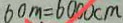
6 0 m = 6 0 0 0 c m